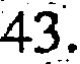
43.